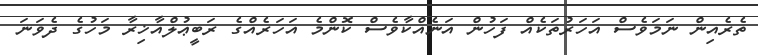
ތެރެއިން ނަމަވެސް އަހަރުތަކެއް ފަހުން އަނެއްކާވެސް ކޮންމެ އަހަރެއްގެ ރަބީޢުލްއާޚިރާ މަހުގެ ދެވަނަ